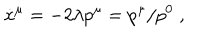
LaTeX: \dot { x } ^ { \mu } = - 2 \lambda p ^ { \mu } = p ^ { \mu } / p ^ { 0 } \; ,